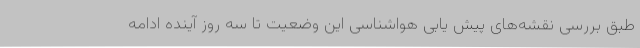
طبق بررسی نقشه‌های پیش یابی هواشناسی این وضعیت تا سه روز آینده ادامه